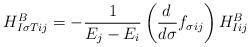
LaTeX: \begin{align*}H^B_{I\sigma Tij} = -{1\over E_j-E_i}\left({d\,\over d\sigma}f_{\sigma ij}\right) H^B_{Iij}\end{align*}